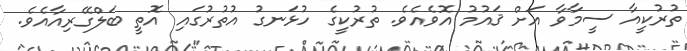
ތުރުކީއާ ސީމާވާ އަށް ޤައުމު އޮވެއެވެ. ތުރުކީގެ ހުޅަނގު އުތުރުގައި އޮތީ ބަލްގޭރިއާއެވެ.